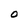
Character: O